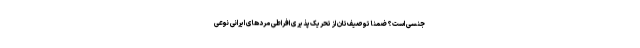
جنسی است؟ ضمنا توصیف‌تان از تحریک‌پذیری افراطی مردهای ایرانی نوعی